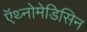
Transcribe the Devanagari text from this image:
ऍथ्नोमेडिसिन